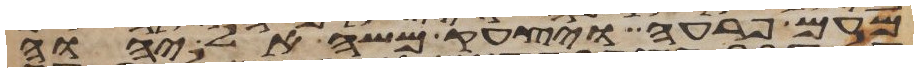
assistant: מעם פרעה ויצעק משה אל יהוה